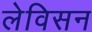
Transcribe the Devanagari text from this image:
लेविसन